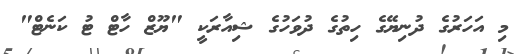
މި އަހަރުގެ ދުނިޔޭގެ ހިތުގެ ދުވަހުގެ ޝިއާރަކީ "ޔޫޒް ހާޓް ޓު ކަނެޓް"